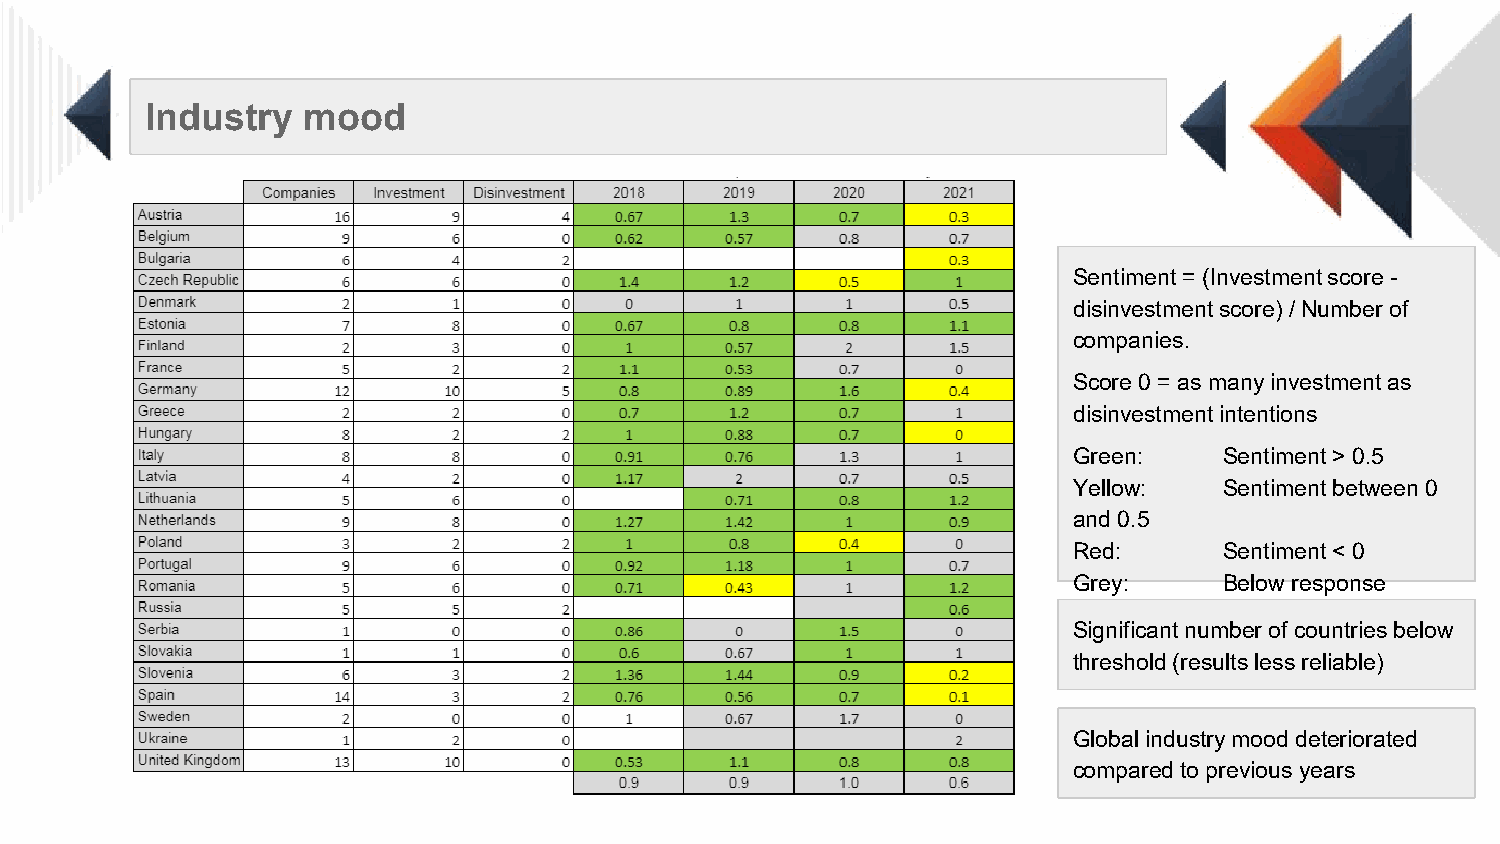
Industry  mood
 Sentiment = (Investment score -
 disinvestment score) / Number of
 companies.
 Score 0 = as many investment as
 disinvestment intentions
 Green:    Sentiment > 0.5
 Yellow:   Sentiment between 0
 and 0.5
 Red:      Sentiment < 0
 Grey:     Below response
 threshold
 Significant number of countries below
 threshold (results less reliable)
 Global industry mood deteriorated
 compared to previous years